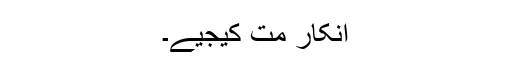
انکار مت کیجیے۔